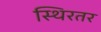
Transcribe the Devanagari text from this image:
स्थिरतर